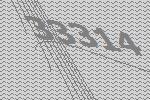
33314